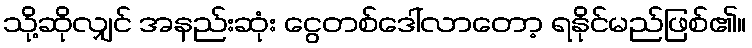
သို့ဆိုလျှင် အနည်းဆုံး ငွေတစ်ဒေါ်လာတော့ ရနိုင်မည်ဖြစ်၏။